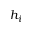
h _ { i }